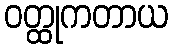
ဝတ္ထုကတာယ